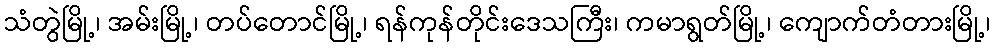
သံတွဲမြို့၊ အမ်းမြို့၊ တပ်တောင်မြို့၊ ရန်ကုန်တိုင်းဒေသကြီး၊ ကမာရွတ်မြို့၊ ကျောက်တံတားမြို့၊